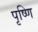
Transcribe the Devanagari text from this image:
पृष्णि